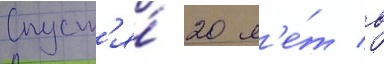
Спуст'я́ 20 л'е́т в